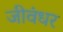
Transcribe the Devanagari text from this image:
जीवंधर